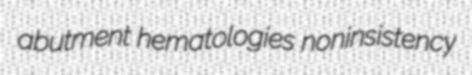
abutment hematologies noninsistency